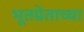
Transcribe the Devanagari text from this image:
भूतप्रेताच्या